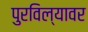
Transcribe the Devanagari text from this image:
पुरविल्यावर